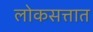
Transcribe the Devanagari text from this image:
लोकसत्तात